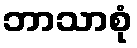
ဘာသာစုံ